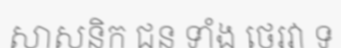
សាសនិក ជន ទាំង ថេរវា ទ